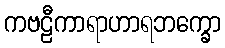
ကဗဠီကာရာဟာရဘက္ခော